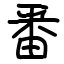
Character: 番